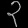
Digit: ၃